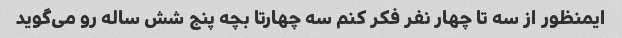
ایمنظور از سه تا چهار نفر فکر کنم سه چهارتا بچه پنج شش ساله رو می‌گوید